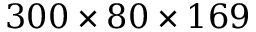
3 0 0 \times 8 0 \times 1 6 9